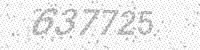
Solution: 637725